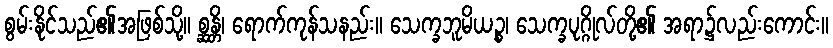
စွမ်းနိုင်သည်၏အဖြစ်သို့။ စ္ဆန္တိ၊ ရောက်ကုန်သနည်း။ သေက္ခဘူမိယဉ္စ၊ သေက္ခပုဂ္ဂိုလ်တို့၏ အရာ၌လည်းကောင်း။